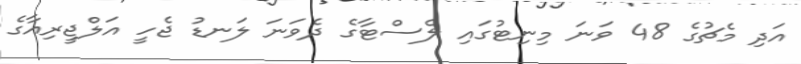
އަދި މެޗުގެ 48 ވަނަ މިނިޓުގައި ލެސްޓާގެ ދެވަނަ ލަނޑު ޖެހީ އަލްޖީރިއާގެ